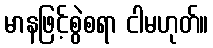
မာနဖြင့်စွဲစရာ ငါမဟုတ်။